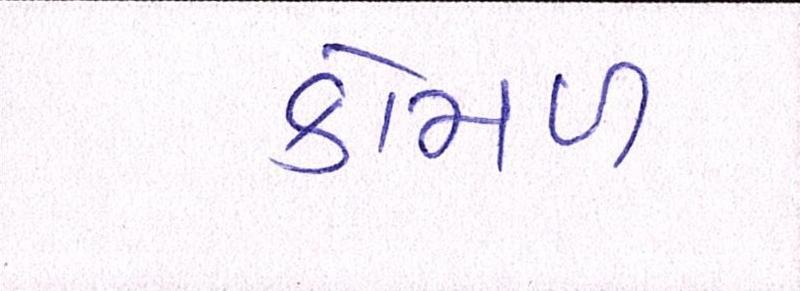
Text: કોમળ